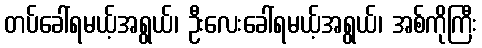
တပ်ခေါ်ရမယ့်အရွယ်၊ ဦးလေးခေါ်ရမယ့်အရွယ်၊ အစ်ကိုကြီး